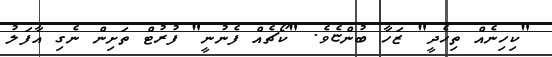
"ކިހިނެއް ތިހެދީ" ޒަހާ ބުންޏެވެ. "ކޯޗެއް ފެނުނީ" ފުރުޓް ތަށިން ނެގި އާފަލު